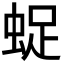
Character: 𧋥